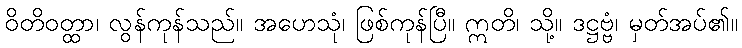
ဝိတိဝတ္ထာ၊ လွန်ကုန်သည်။ အဟေသုံ၊ ဖြစ်ကုန်ပြီ။ ဣတိ၊ သို့။ ဒဋ္ဌဗ္ဗံ၊ မှတ်အပ်၏။